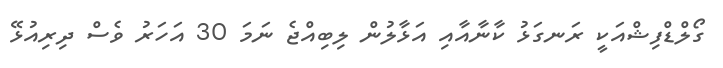
ގޯލްޑްފިޝްއަކީ ރަނގަޅު ކާނާއާއި އަޅާލުން ލިބިއްޖެ ނަމަ 30 އަހަރު ވެސް ދިރިއުޅޭ